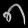
Digit: ၈